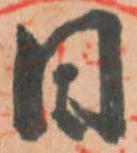
日